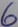
Text: 6